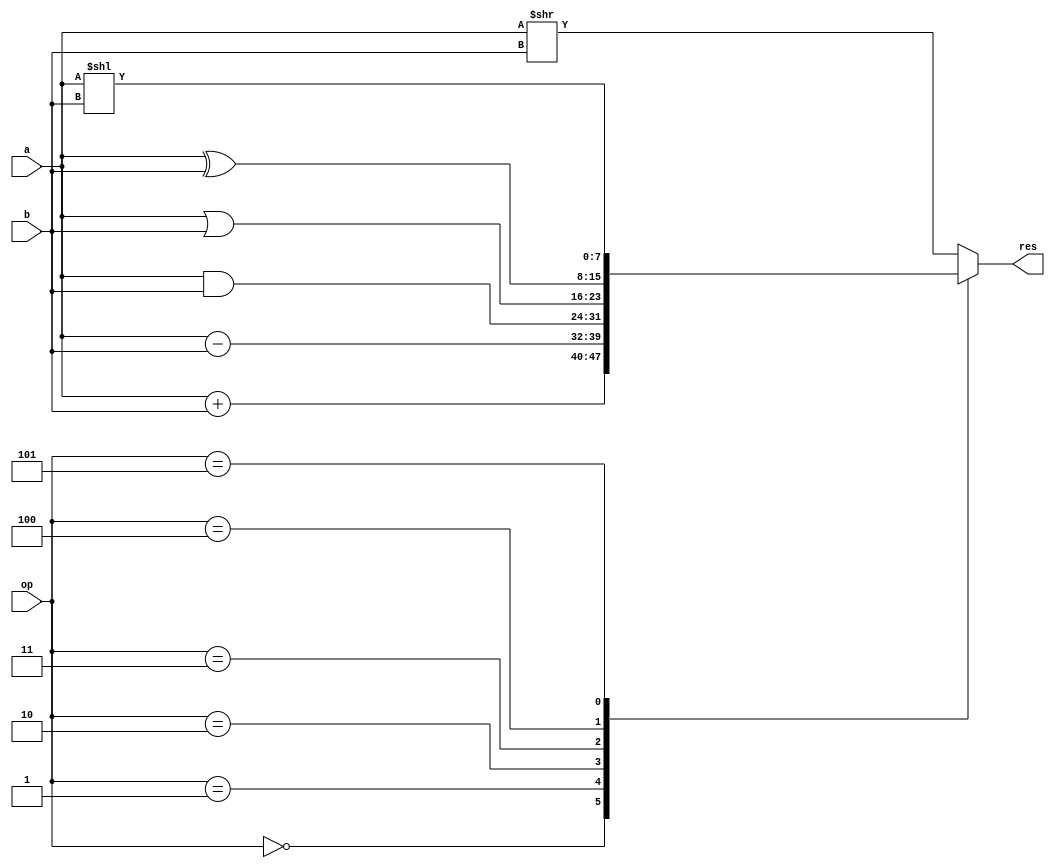
module alu(a,b,op,res);
 input wire[7:0]a;
 input wire[7:0]b;
 input wire[2:0]op;
 output reg[7:0]res;

 always@*
 begin
    case(op)
    3'b000:begin
        res=a+b;
    end
    3'b001:begin
        res=a-b;
    end
    3'b010:begin
        res=a&b;
    end
    3'b011:begin
        res=a|b;
    end
    3'b100:begin
        res=a^b;
    end
    3'b101:begin
        res=a<<b;
    end
    default:begin
        res=a>>b;
    end
    endcase
 end
endmodule